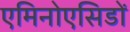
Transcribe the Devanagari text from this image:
एमिनोएसिडों